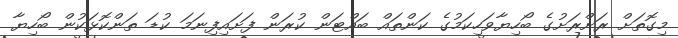
މިގޮތަށް ރަށްރަށުގެ ބޯހިޔާވަހިކަމުގެ ކަންތައް ބައްޓަން ކުރަން ފަށައިފިނަމަ ކުޑަ ތަންކޮޅަކުން ބޯހިޔާ